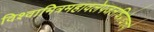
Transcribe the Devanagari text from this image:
विश्वामित्रमहावलेपजलधिप्रोद्यत्तपो